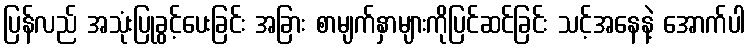
ပြန်လည် အသုံးပြုခွင့်ပေးခြင်း အခြား စာမျက်နှာများကိုပြင်ဆင်ခြင်း သင့်အနေနဲ့ အောက်ပါ